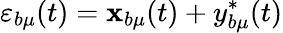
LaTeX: \varepsilon_{b\mu}(t)=\mathbf{x}_{b\mu}(t)+y_{b\mu}^{*}(t)